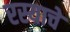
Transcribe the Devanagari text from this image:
रस्याचे